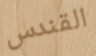
القندس